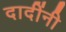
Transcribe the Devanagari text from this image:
दादींनी